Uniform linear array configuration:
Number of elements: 48
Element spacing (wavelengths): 1
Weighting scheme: binomial
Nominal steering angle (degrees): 60
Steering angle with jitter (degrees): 61.11
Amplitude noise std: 0.05
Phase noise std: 0.05

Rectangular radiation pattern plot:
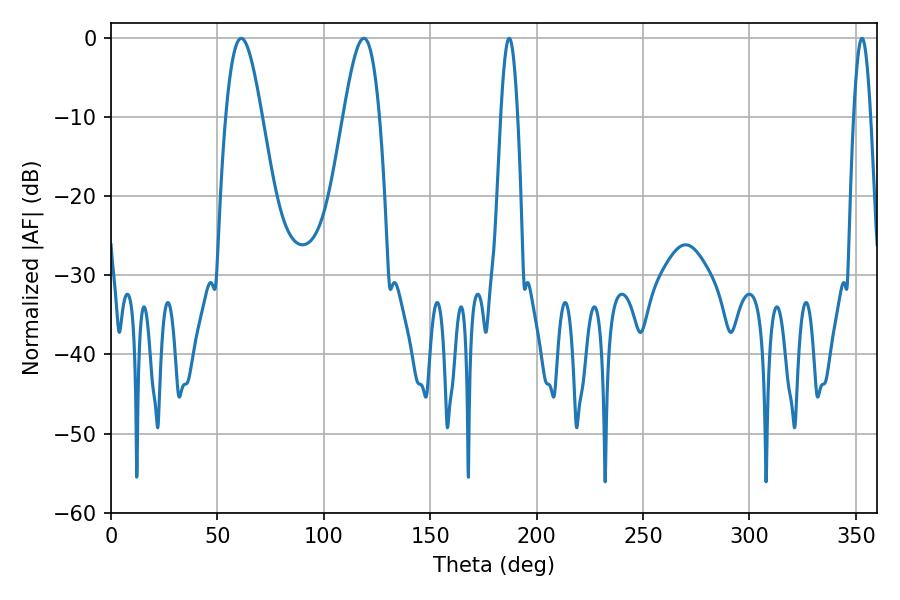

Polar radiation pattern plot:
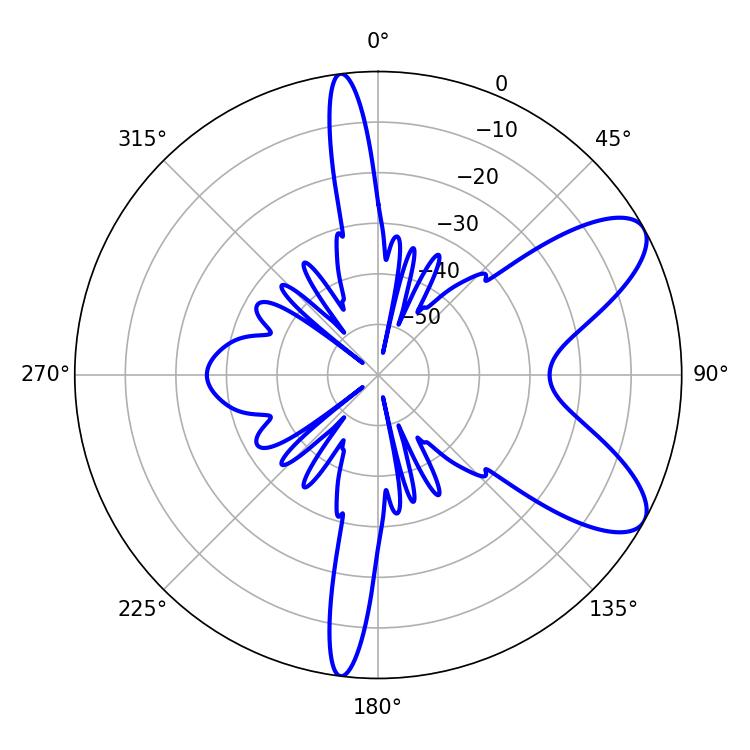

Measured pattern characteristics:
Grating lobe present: TRUE
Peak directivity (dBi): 8.414
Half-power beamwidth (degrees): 9
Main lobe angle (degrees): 61.2